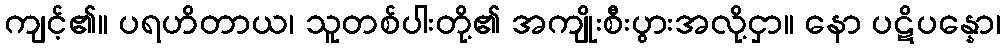
ကျင့်၏။ ပရဟိတာယ၊ သူတစ်ပါးတို့၏ အကျိုးစီးပွားအလို့ငှာ။ နော ပဋိပန္နော၊